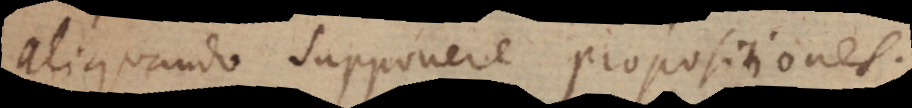
aliquando supponere propositiones.